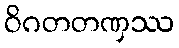
ဝိဂတတဏှဿ